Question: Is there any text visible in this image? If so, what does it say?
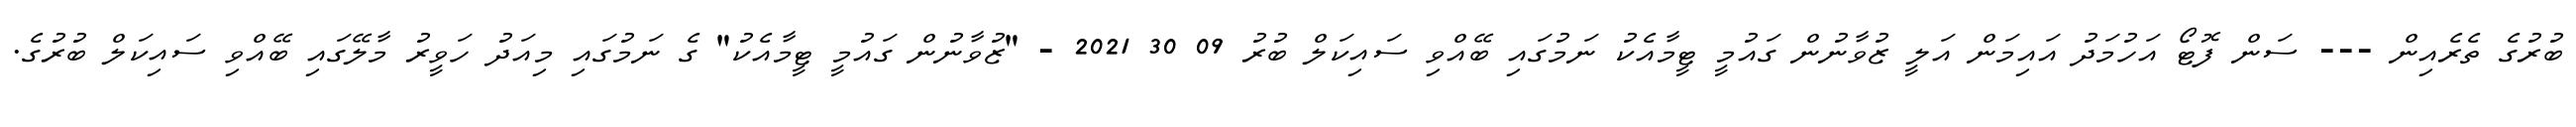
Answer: ބުރުގެ ތެރެއިން --- ސަން ފޮޓޯ އަހުމަދު އައިމަން އަލީ ޒުވާނުން ގައުމީ ޓީމާއެކު ނަމުގައި ބޭއްވި ސައިކަލް ބުރު 09 30 2021 - "ޒުވާނުން ގައުމީ ޓީމާއެކު" ގެ ނަމުގައި މިއަދު ހަވީރު މާލޭގައި ބޭއްވި ސައިކަލް ބުރުގެ.